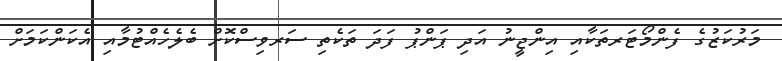
މަރުކަޒުގެ ފެންމޯޓަރތަކާއި އިންޖީނު އަދި ޕަންޕު ފަދަ ތަކެތި ސަރވިސްކޮށް ބެލެހެއްޓުމާއި އެކަންކަމަށް